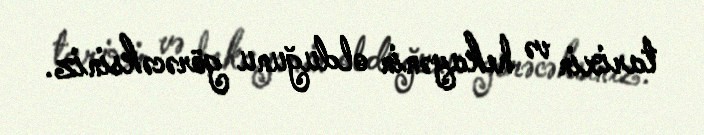
tarixin və hekayənin olduğunu görəcəksiniz.